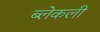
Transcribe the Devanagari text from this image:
ब्लेकली